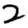
Digit: 2